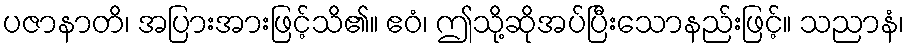
ပဇာနာတိ၊ အပြားအားဖြင့်သိ၏။ ဧဝံ၊ ဤသို့ဆိုအပ်ပြီးသောနည်းဖြင့်။ သညာနံ၊